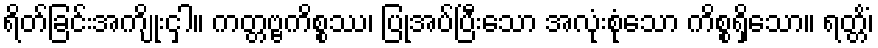
ရိတ်ခြင်းအကျိုးငှါ။ ကတ္တဗ္ဗကိစ္စဿ၊ ပြုအပ်ပြီးသော အလုံးစုံသော ကိစ္စရှိသော။ ရတ္တိံ၊